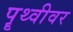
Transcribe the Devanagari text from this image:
पॄथ्वीवर